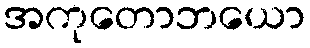
အကုတောဘယော